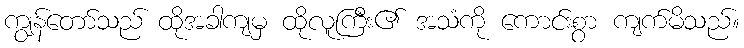
ကျွန်တော်သည် ထိုအခါကျမှ ထိုလူကြီး၏ အသံကို ကောင်းစွာ ကျက်မိသည်။